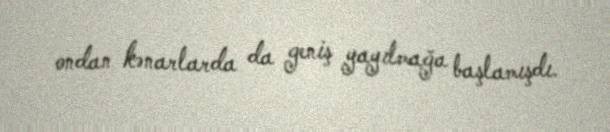
ondan kənarlarda da geniş yayılmağa başlamışdı.